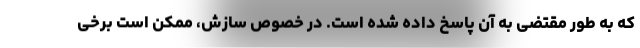
که به طور مقتضی به آن پاسخ داده شده است. در خصوص سازش، ممکن است برخی